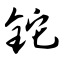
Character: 铊